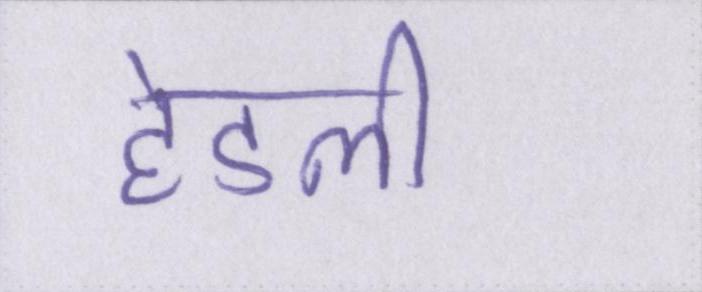
हेडली